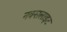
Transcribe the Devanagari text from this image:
नक्सलाइट